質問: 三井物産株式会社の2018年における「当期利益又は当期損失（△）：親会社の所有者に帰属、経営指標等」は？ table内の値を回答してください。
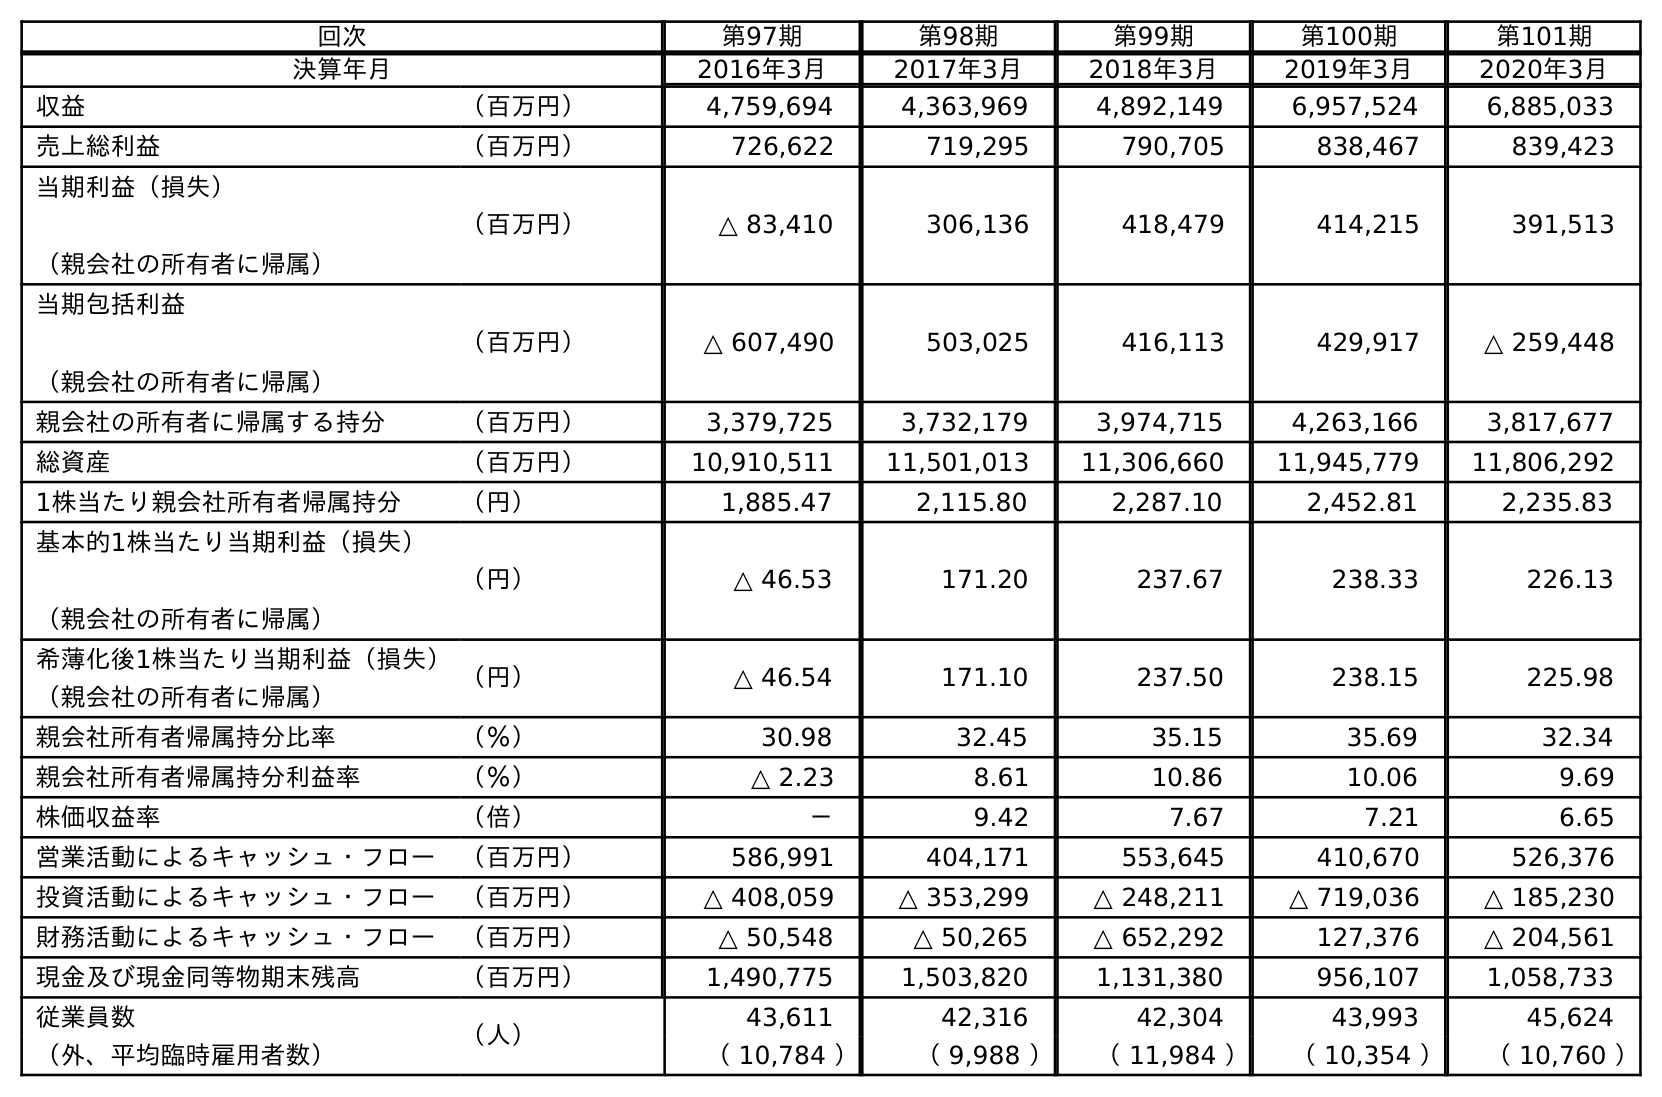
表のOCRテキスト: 回次 第97期 第98期 第99期 第100期 第101期 決算年月 2016年3月 2017年3月 2018年3月 2019年3月 2020年3月 収益 （百万円） 4,759,694 4,363,969 4,892,149 6,957,524 6,885,033 売上総利益 （百万円） 726,622 719,295 790,705 838,467 839,423 当期利益（損失） （親会社の所有者に帰属） （百万円） △ 83,410 306,136 418,479 414,215 391,513 当期包括利益 （親会社の所有者に帰属） （百万円） △ 607,490 503,025 416,113 429,917 △ 259,448 親会社の所有者に帰属する持分 （百万円） 3,379,725 3,732,179 3,974,715 4,263,166 3,817,677 総資産 （百万円） 10,910,511 11,501,013 11,306,660 11,945,779 11,806,292 1株当たり親会社所有者帰属持分 （円） 1,885.47 2,115.80 2,287.10 2,452.81 2,235.83 基本的1株当たり当期利益（損失） （親会社の所有者に帰属） （円） △ 46.53 171.20 237.67 238.33 226.13 希薄化後1株当たり当期利益（損失） （親会社の所有者に帰属） （円） △ 46.54 171.10 237.50 238.15 225.98 親会社所有者帰属持分比率 （％） 30.98 32.45 35.15 35.69 32.34 親会社所有者帰属持分利益率 （％） △ 2.23 8.61 10.86 10.06 9.69 株価収益率 （倍） － 9.42 7.67 7.21 6.65 営業活動によるキャッシュ・フロー （百万円） 586,991 404,171 553,645 410,670 526,376 投資活動によるキャッシュ・フロー （百万円） △ 408,059 △ 353,299 △ 248,211 △ 719,036 △ 185,230 財務活動によるキャッシュ・フロー （百万円） △ 50,548 △ 50,265 △ 652,292 127,376 △ 204,561 現金及び現金同等物期末残高 （百万円） 1,490,775 1,503,820 1,131,380 956,107 1,058,733 従業員数 （人） 43,611 42,316 42,304 43,993 45,624 （外、平均臨時雇用者数） （ 10,784 ） （ 9,988 ） （ 11,984 ） （ 10,354 ） （ 10,760 ）
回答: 418,479